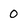
Character: 0